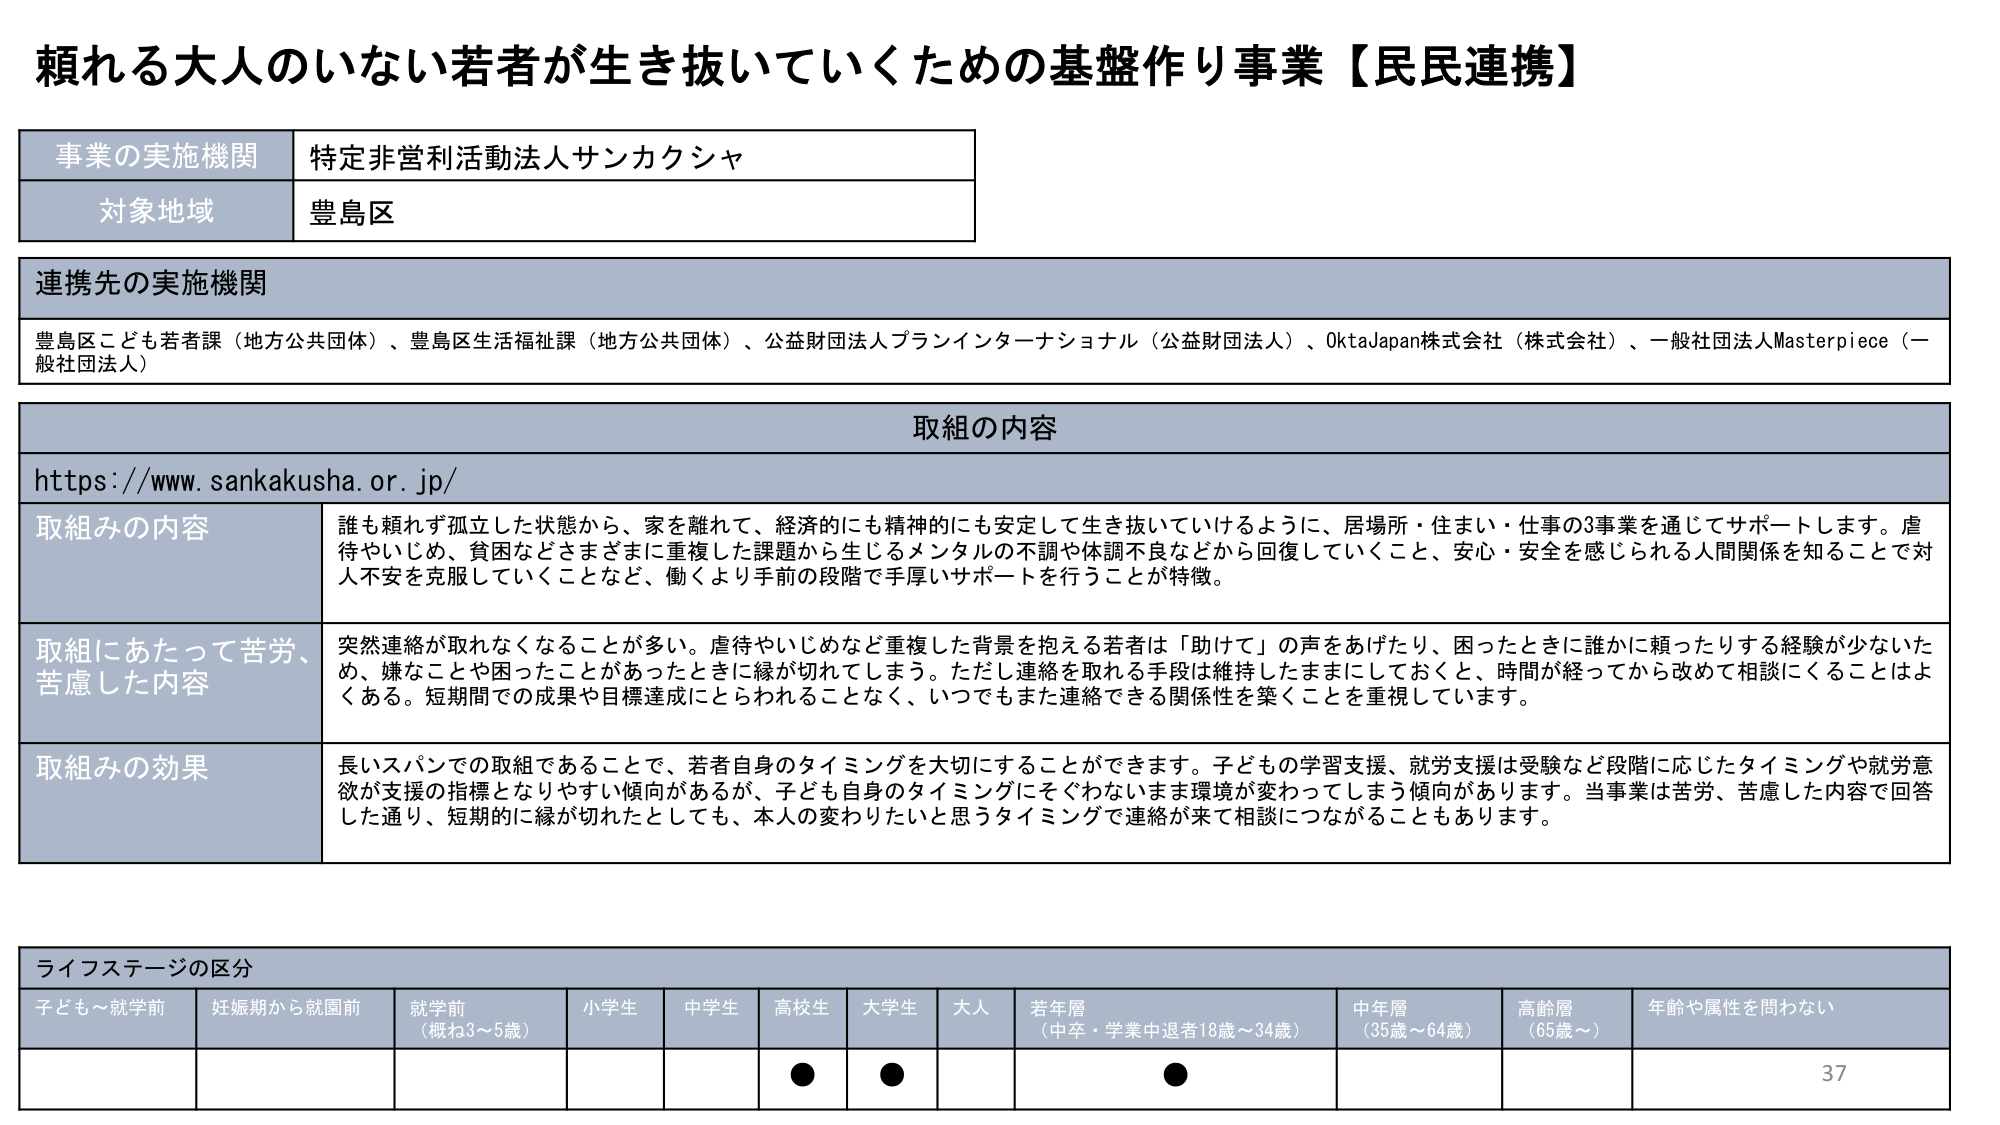
頼れる大人のいない若者が生き抜いていくための基盤作り事業【民民連携】

事業の実施機関　特定非営利活動法人サンカクシャ
対象地域　豊島区

連携先の実施機関
豊島区こども若者課（地方公共団体）、豊島区生活福祉課（地方公共団体）、公益財団法人プランインターナショナル（公益財団法人）、OktaJapan株式会社（株式会社）、一般社団法人Masterpiece（一般社団法人）

取組の内容
https://www.sankakusha.or.jp/

取組みの内容
誰も頼らず孤立した状態から、家を離れて、経済的にも精神的にも安定して生き抜いていけるように、居場所・住まい・仕事の3事業を通じてサポートします。虐待やいじめ、貧困などさまざまに重複した課題から生じるメンタルの不調や体調不良などから回復していくこと、安心・安全を感じられる人間関係を知ることで対人不安を克服していくことなど、働くより手前の段階で手厚いサポートを行うことが特徴。

取組にあたって苦労、苦慮した内容
突然連絡が取れなくなることが多い。虐待やいじめなど重複した背景を抱える若者は「助けて」の声をあげたり、困ったときに誰かに頼ったりする経験が少ないため、嫌なことや困ったことがあったときに縁が切れてしまう。ただし連絡を取れる手段は維持したままにしておくと、時間が経ってから改めて相談にくることはよくある。短期間での成果や目標達成にとらわれることなく、いつでもまた連絡できる関係性を築くことを重視しています。

取組みの効果
長いスパンでの取組であることで、若者自身のタイミングを大切にすることができます。子どもの学習支援、就労支援は受験など段階に応じたタイミングや就労意欲が支援の指標となりやすい傾向があるが、子ども自身のタイミングにそぐわないまま環境が変わってしまう傾向があります。当事業は苦労、苦慮した内容で回答した通り、短期的に縁が切れたとしても、本人の変わりたいと思うタイミングで連絡が来て相談につながることもあります。

ライフステージの区分
子ども～就学前　妊娠期から就園前　就学前（概ね3～5歳）　小学生　中学生　高校生　大学生　大人　若年層（中卒・学業中退者18歳～34歳）　中年層（35歳～64歳）　高齢層（65歳～）　年齢や属性を問わない

37